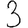
Digit: 3